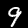
Digit: 9